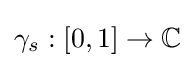
\gamma _{s}:[0,1]\to \mathbb {C}